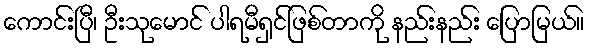
ကောင်းပြီ၊ ဦးသုမောင် ပါရမီရှင်ဖြစ်တာကို နည်းနည်း ပြောမြယ်။